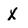
Character: x